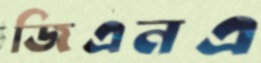
জিএনএ